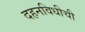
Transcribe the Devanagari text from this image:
दहनविधीची